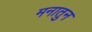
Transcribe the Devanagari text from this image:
मनातुन